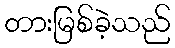
တားမြစ်ခဲ့သည်